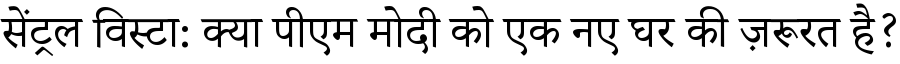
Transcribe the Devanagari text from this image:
सेंट्रल विस्टा: क्या पीएम मोदी को एक नए घर की ज़रूरत है?